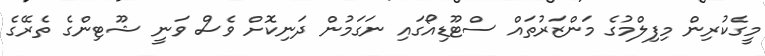
މީގެކުރިން މިފިލްމުގެ މަންޒަރުތައް ސްޓޫޑިއޯގައި ނަގަމުން ދަނިކޮށް ވެސް ވަނީ ޝޫޓިންގެ ތެރޭގެ